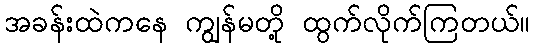
အခန်းထဲကနေ ကျွန်မတို့ ထွက်လိုက်ကြတယ်။